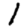
Digit: 1